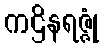
ကဌိနရဇ္ဇုံ